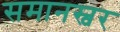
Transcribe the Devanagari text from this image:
समानस्वर